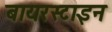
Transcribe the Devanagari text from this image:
बायरस्टाइन